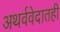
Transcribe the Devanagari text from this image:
अथर्ववेदातही